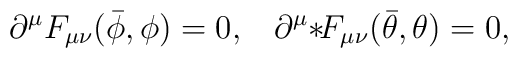
\partial ^\mu F_{\mu\nu}(\bar{\phi},\phi )=0,\;\;\;\partial ^\mu {*}\!F_{\mu\nu}(\bar{\theta},\theta )=0,